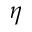
\eta